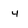
Character: 4